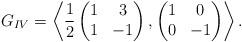
LaTeX: \begin{align*}G_{IV} = \left\langle \frac{1}{2} \begin{pmatrix}1 & 3 \\1 & -1\end{pmatrix},\begin{pmatrix}1 & 0 \\0 & -1\end{pmatrix}\right\rangle.\end{align*}